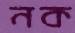
নক